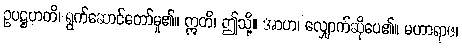
ဥပဋ္ဌဟတိ၊ ရွက်ဆောင်တော်မူ၏။ ဣတိ၊ ဤသို့။ အာဟ၊ လျှောက်ဆိုပေ၏။ မဟာရာဇ၊